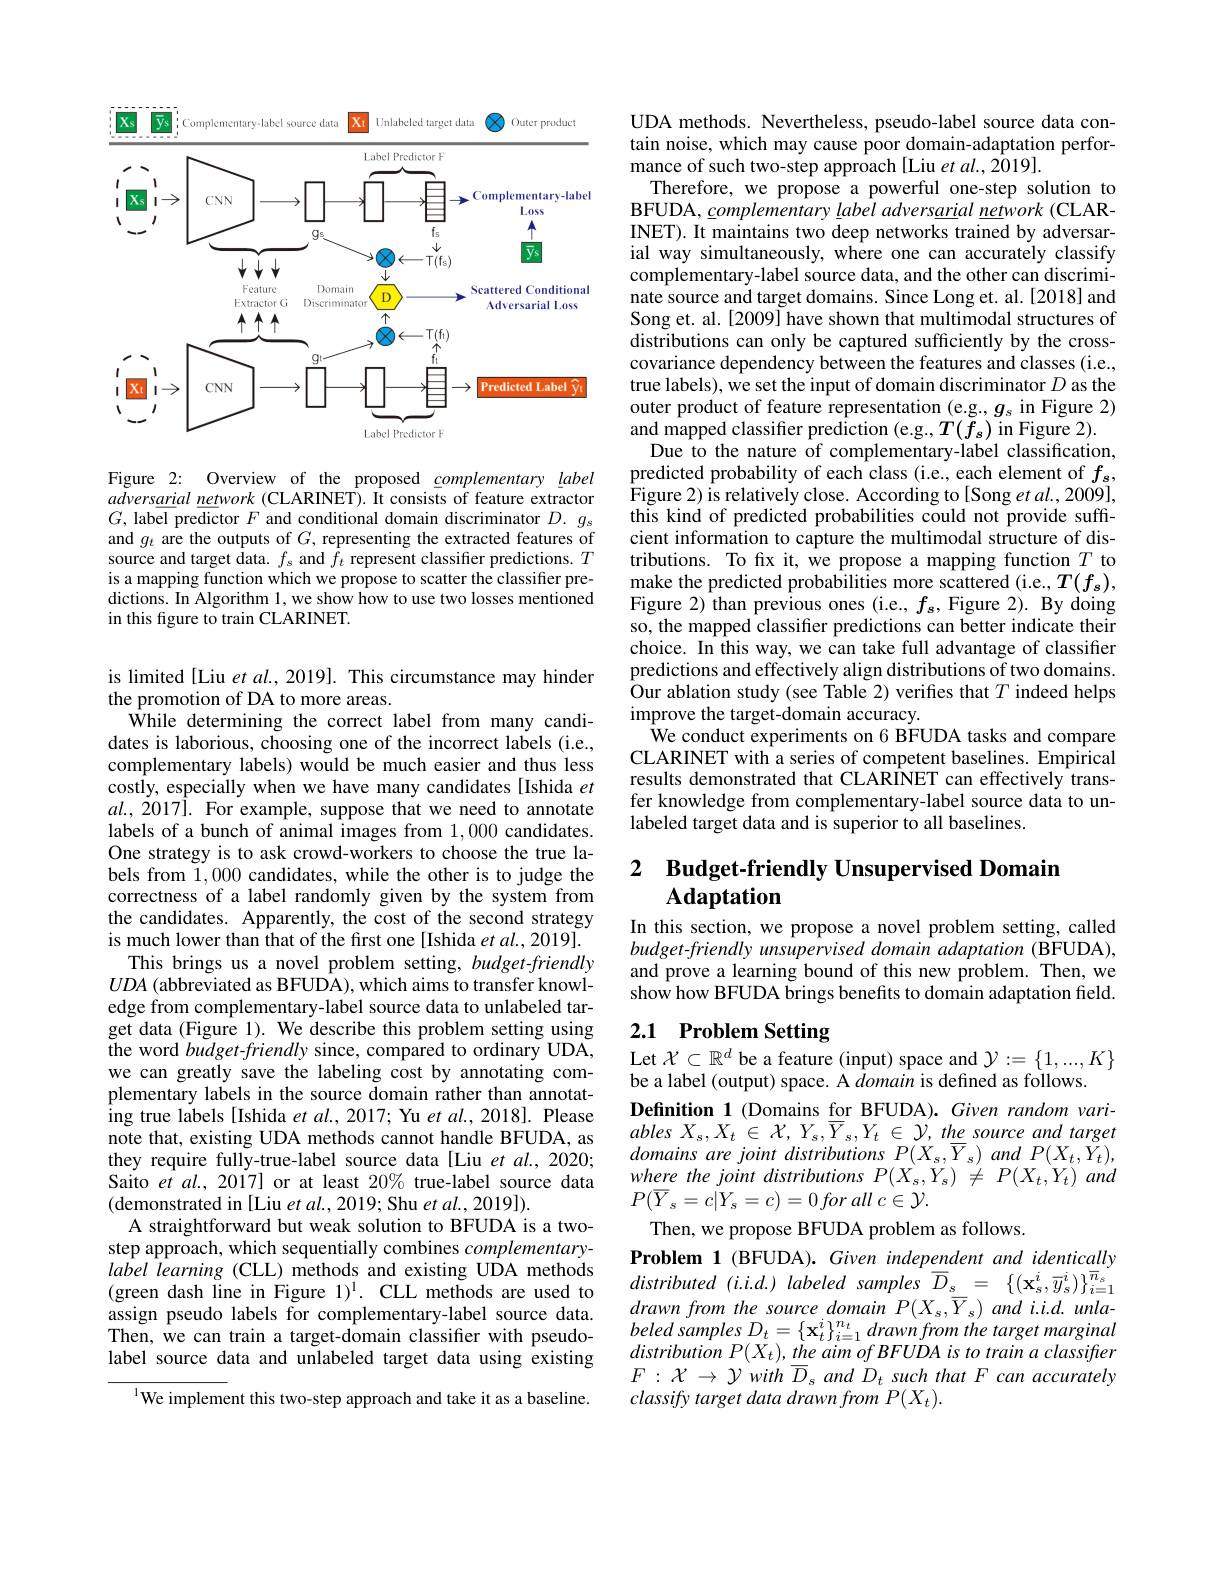
<FigureHere>

Figure 2: Overview of the proposed $\underline{c}omplementary\underline{l}abel$ adversarial network (CLARINET). It consists of feature extractor $G$,label pre$\overline\text{dictor }F$ and conditional domain discriminator $D.g_{s}$ and $g_t$ are the outputs of $G$, representing the extracted features of source and target data. $f_s$ and $f_t$ represent classifier predictions. $T$ is a mapping function which we propose to scatter the classifier predictions. In Algorithm 1, we show how to use two losses mentioned in this figure to train CLARINET.

is limited [Liu et al., 2019]. This circumstance may hinder
the promotion of DA to more areas.
$\hat{\mathrm{While~determining~the~correct~label~from~many~candi-}}$ dates is laborious, choosing one of the incorrect labels (i.e., complementary labels) would be much easier and thus less costly, especially when we have many candidates [Ishida $et$ $al.,2017].$ For example, suppose that we need to annotate labels of a bunch of animal images from 1,000 candidates. One strategy is to ask crowd-workers to choose the true labels from 1,000 candidates, while the other is to judge the correctness of a label randomly given by the system from the candidates. Apparently, the cost of the second strategy is much lower than that of the first one [Ishida et al., 2019].
This brings us a novel problem setting, budget-friendly $UDA$ (abbreviated as BFUDA), which aims to transfer knowledge from complementary-label source data to unlabeled target data (Figure 1). We describe this problem setting using the word budget-friendly since, compared to ordinary UDA, we can greatly save the labeling cost by annotating complementary labels in the source domain rather than annotating true labels [Ishida et al., 2017; Yu et al. 2018]. Please note that, existing UDA methods cannot handle BFUDA, as they require fully-true-label source data[Liu et al.,2020; Saito et al., 2017] or at least 20% true-label source data (demonstrated in[Liu et al., 2019; Shu et al., 2019]).
A straightforward but weak solution to BFUDA is a twostep approach, which sequentially combines $complementary-$ label learning (CLL) methods and existing UDA methods (green dash line in Figure $1)^1.$ CLL methods are used to assign pseudo labels for complementary-label source data. Then, we can train a target-domain classifier with pseudolabel source data and unlabeled target data using existing
$^{1}$We implement this two-step approach and take it as a baseline.

UDA methods. Nevertheless, pseudo-label source data contain noise, which may cause poor domain-adaptation performance of such two-step approach [Liu et al., 2019].
Therefore, we propose a powerful one-step solution to BFUDA, complementary label adversarial network (CLARINET). It maintains two deep networks trained by adversarial way simultaneously, where one can accurately classify complementary-label source data, and the other can discriminate source and target domains. Since Long et. al.[2018] and Song et. al. [2009] have shown that multimodal structures of distributions can only be captured sufficiently by the crosscovariance dependency between the features and classes (i.e., true labels), we set the input of domain discriminator $D$ as the outer product of feature representation (e.g., $g_\mathrm{s}$ in Figure 2) and mapped classifier prediction (e.g., $T(f_s)$ in Figure 2).
Due to the nature of complementary-label classification, predicted probability of each class (i.e., each element of $f_s$, Figure 2) is relatively close. According to[Song et al., 2009], this kind of predicted probabilities could not provide suffcient information to capture the multimodal structure of distributions. To fix it, we propose a mapping function $T$ to make the predicted probabilities more scattered (i.e., $T(f_s)$, Figure 2) than previous ones (i.e., $f_s$, Figure 2). By doing so, the mapped classifier predictions can better indicate their choice. In this way, we can take full advantage of classiffer predictions and effectively align distributions of two domains. Our ablation study (see Table 2) verifies that $T$ indeed helps improve the target-domain accuracy.
We conduct experiments on 6 BFUDA tasks and compare CLARINET with a series of competent baselines. Empirical results demonstrated that CLARINET can effectively transfer knowledge from complementary-label source data to unlabeled target data and is superior to all baselines.

## 2 Budget-friendly Unsupervised Domain Adaptation

In this section, we propose a novel problem setting, called budget-friendly unsupervised domain adaptation (BFUDA), and prove a learning bound of this new problem. Then, we show how BFUDA brings benefits to domain adaptation field.

# 2.1 Problem Setting Let $\mathcal{X}\subset\mathbb{R}^d$ be a feature (input) space and $\mathcal{Y}:=\{1,...,K\}$

be a label (output) space. A domain is defined as follows.
Definition 1 (Domains for BFUDA). Given random variables $X_{s}, X_{t}$ $\in$ $\mathcal{X} $, $Y_{s}, \overline {Y}_{s}, Y_{t}$ $\in$ $\mathcal{Y} $, the source and target domains are joint distributions $P(X_{s},\overline{Y}_{s})$ and $P(X_{t},\bar{Y}_{t})$, where the joint distributions $P( X_{s}, Y_{s})$ $\neq$ $P( X_{t}, Y_{t})$ and $P( \overline {Y}_{s}= c| Y_{s}= c) = 0$ for all $c\in \mathcal{Y} .$
Then, we propose BFUDA problem as follows.
Problem 1 (BFUDA). Given independent and identically $distributed~(i.i.d.)~labeled~samples~\overline{D}_s~=~\{(\mathbf{x}_s^i,\overline{y}_s^i)\}_{i=1}^{\overline{n}_s}$ drawnfrom the source domain $P(X_s,\overline{Y}_s)$ and i.i.d. unla- $beledsamplesD_{t}=\left\{\mathbf{x}_{t}^{i}\right\}_{i=1}^{n_{t}}drawnfrom the target marginal$ $distribution~P(X_{t}),~the~aim~of~BFUDA~is~to~train~a~classifter$ $F: \mathcal{X} \to \mathcal{Y} with$ $\overline {D}_{s}$ and $D_{t}$ such that $F$ can accurately classify target data drawn from P(X{}).